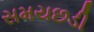
સમયછડી